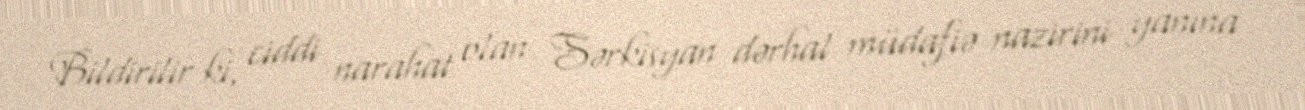
Bildirilir ki, ciddi narahat olan Sərkisyan dərhal müdafiə nazirini yanına